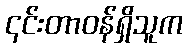
၎င်းတာဝန်ရှိသူက